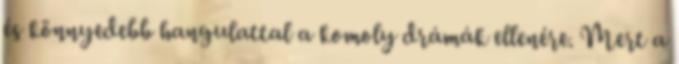
és könnyedebb hangulattal a komoly drámák ellenére. Mert a